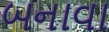
બનાવા